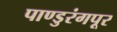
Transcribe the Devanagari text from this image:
पाण्डुरंगपूर